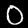
Digit: 0